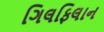
ગિલફિલાન